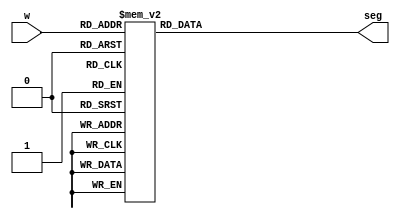
module hex2seg(input [3:0] w, output reg [6:0] seg);

	localparam HEX_ZERO	= 7'b100_0000;
	localparam HEX_ONE 	= 7'b111_1001;
	localparam HEX_TWO 	= 7'b010_0100;
	localparam HEX_THREE = 7'b011_0000;
	localparam HEX_FOUR 	= 7'b001_1001;
	localparam HEX_FIVE 	= 7'b001_0010;
	localparam HEX_SIX  	= 7'b000_0010;
	localparam HEX_SEVEN = 7'b111_1000;
	localparam HEX_EIGHT = 7'b000_0000;
	localparam HEX_NINE	= 7'b001_0000;
	localparam HEX_A 		= 7'b000_1000;
	localparam HEX_B 		= 7'b000_0011;
	localparam HEX_C 		= 7'b100_0110;
	localparam HEX_D 		= 7'b010_0001;
	localparam HEX_E 		= 7'b000_0110;
	localparam HEX_F 		= 7'b000_1110;
	
	always @(w)
	begin
		case(w)
			0:		seg = HEX_ZERO;
			1:		seg = HEX_ONE;
			2:		seg = HEX_TWO;
			3:		seg = HEX_THREE;
			4:		seg = HEX_FOUR;
			5:		seg = HEX_FIVE;
			6:		seg = HEX_SIX;
			7:		seg = HEX_SEVEN;
			8:		seg = HEX_EIGHT;
			9:		seg = HEX_NINE;
			10:	seg = HEX_A;
			11:	seg = HEX_B;
			12:	seg = HEX_C;
			13:	seg = HEX_D;
			14:	seg = HEX_E; 
			15:	seg = HEX_F;
		endcase
	end
	
endmodule